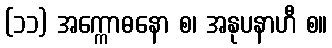
(၁၁) အက္ကောဓနော စ၊ အနုပနာဟီ စ။